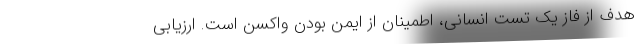
هدف از فاز یک تست انسانی، اطمینان از ایمن بودن واکسن است. ارزیابی